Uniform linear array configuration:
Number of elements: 16
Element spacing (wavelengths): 0.25
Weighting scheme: uniform
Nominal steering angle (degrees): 0
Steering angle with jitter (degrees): -1.774
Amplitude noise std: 0.05
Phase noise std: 0.05

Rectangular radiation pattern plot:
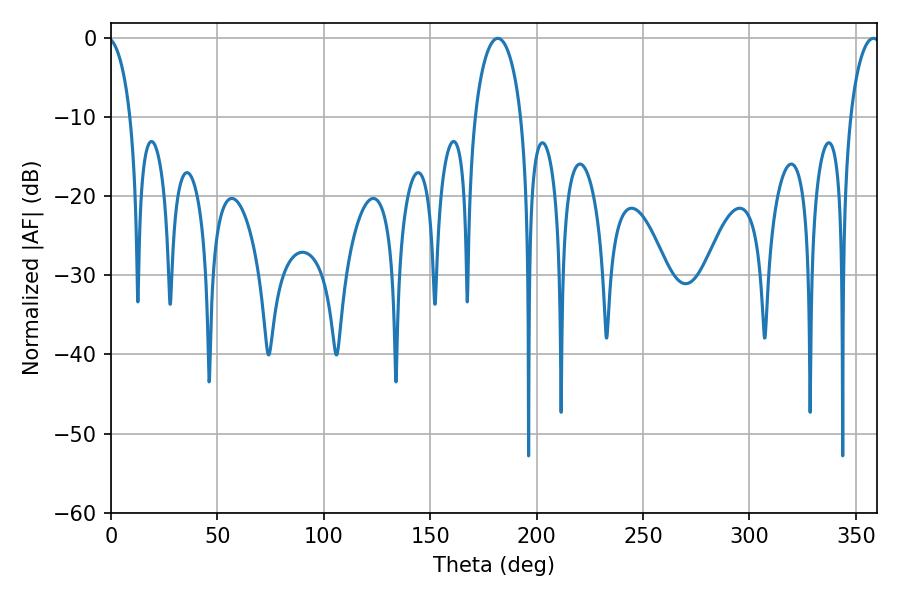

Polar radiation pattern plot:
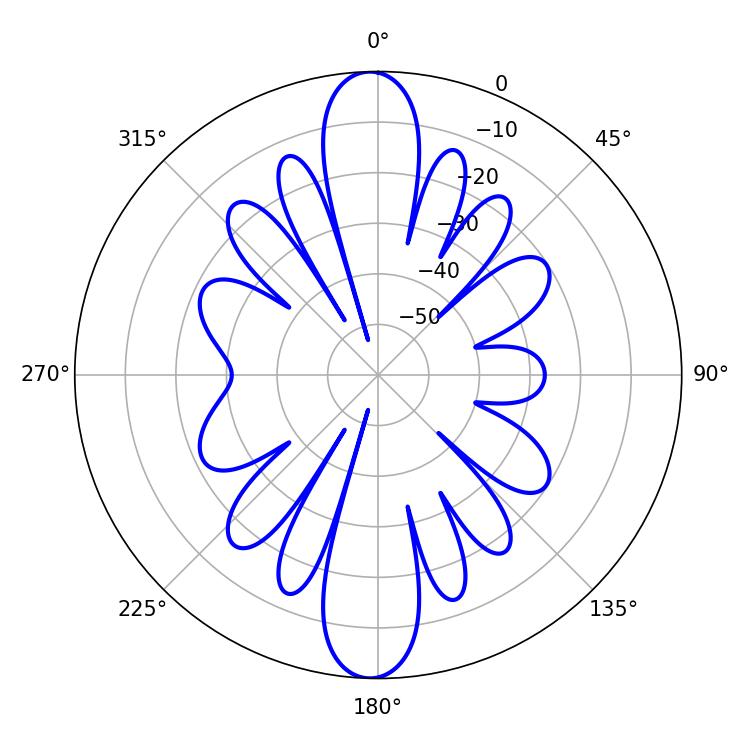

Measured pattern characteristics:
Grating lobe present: FALSE
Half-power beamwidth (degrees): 12.6
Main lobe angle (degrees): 181.8